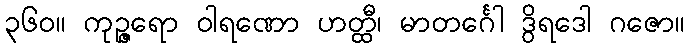
၃၆၀။ ကုဉ္ဇရော ဝါရဏော ဟတ္ထီ၊ မာတင်္ဂေါ ဒွိရဒေါ ဂဇော။